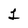
Character: 1